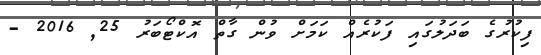
ފިކުރުގެ ބަދަލުގައި ފަކުރެއް ކަމަށް ވުން ގާތް އޮކްޓޯބަރު 25